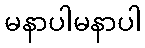
မနာပါမနာပါ